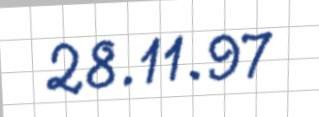
28.11.97